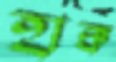
হাক্ক